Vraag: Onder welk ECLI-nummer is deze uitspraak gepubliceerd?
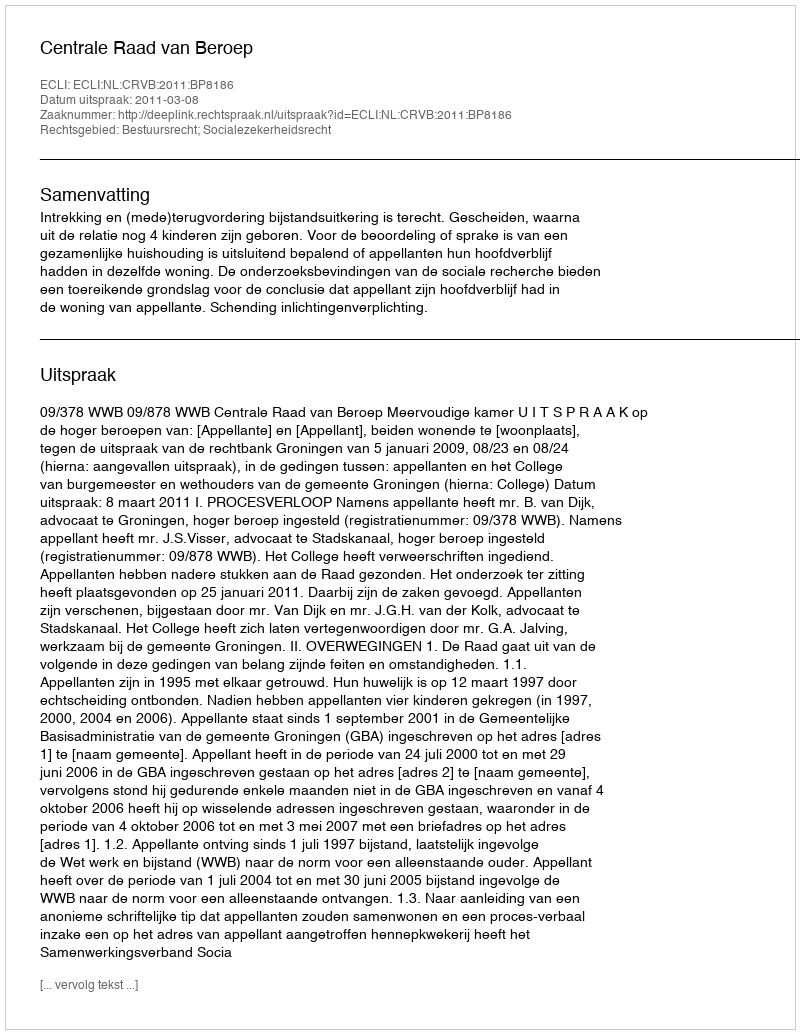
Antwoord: ECLI:NL:CRVB:2011:BP8186